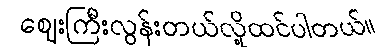
ဈေးကြီးလွန်းတယ်လို့ထင်ပါတယ်။